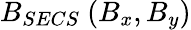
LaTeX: B_{SECS}~(B_{x},B_{y})